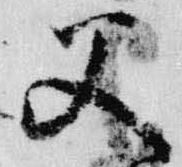
父